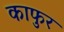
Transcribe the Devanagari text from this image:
काफुर